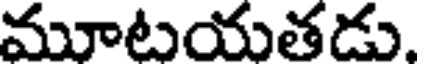
మూటయతడు.